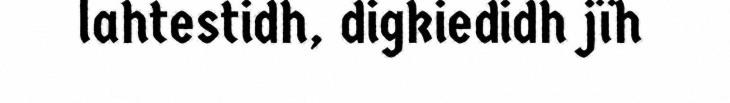
lahtestidh, digkiedidh jïh